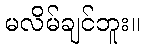
မလိမ်ချင်ဘူး။